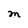
Character: M